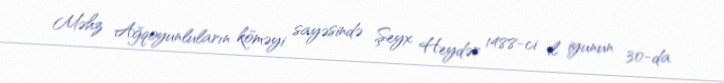
Məhz Ağqoyunluların köməyi sayəsində Şeyx Heydər 1488-ci il iyunun 30-da